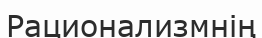
Рационализмнің